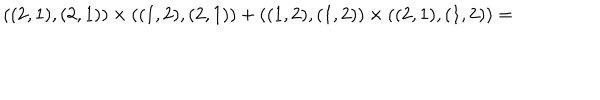
( ( 2 , 1 ) , ( 2 , 1 ) ) \times ( ( 1 , 2 ) , ( 2 , 1 ) ) + ( ( 1 , 2 ) , ( 1 , 2 ) ) \times ( ( 2 , 1 ) , ( 1 , 2 ) ) =